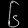
Digit: ၆